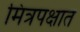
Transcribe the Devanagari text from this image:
मित्रपक्षात